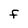
Character: F